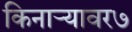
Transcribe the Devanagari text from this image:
किनाऱ्यावर७